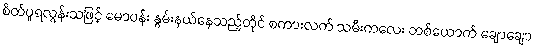
စိတ်ပူရလွန်းသဖြင့် မောပန်း နွမ်းနယ်နေသည့်တိုင် စကားလက် သမီးကလေး တစ်ယောက် ချောချော